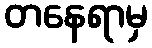
တနေရာမှ